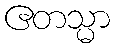
ဧတသ္မာ